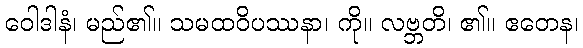
ဝေါဒါနံ၊ မည်၏။ သမထဝိပဿနာ၊ ကို။ လဗ္ဘတိ၊ ၏။ ဧတေန၊